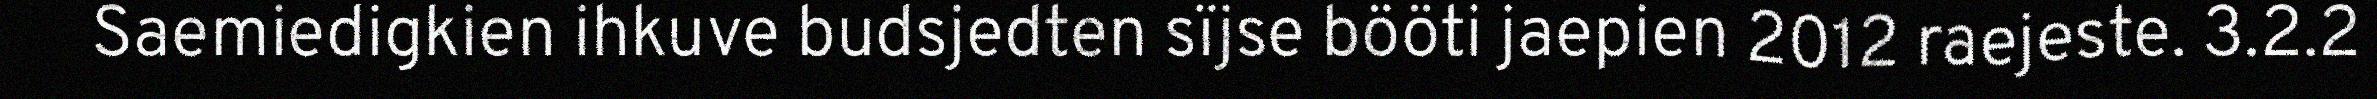
Saemiedigkien ihkuve budsjedten sïjse bööti jaepien 2012 raejeste. 3.2.2